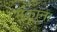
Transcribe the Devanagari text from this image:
मकान।